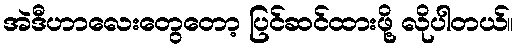
အဲဒီဟာလေးတွေတော့ ပြင်ဆင်ထားဖို့ လိုပါတယ်။